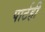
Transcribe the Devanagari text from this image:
पार्टही